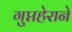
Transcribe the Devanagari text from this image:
गुप्तहेराने